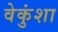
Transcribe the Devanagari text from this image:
वेकुंशा